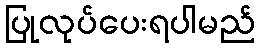
ပြုလုပ်ပေးရပါမည်